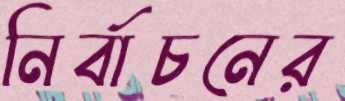
নির্বাচনের